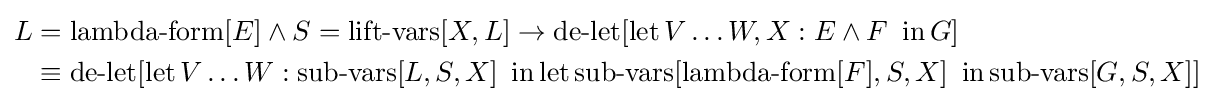
{\begin{aligned}L&=\operatorname {lambda-form} [E]\land S=\operatorname {lift-vars} [X,L]\to \operatorname {de-let} [\operatorname {let} V\ldots W,X:E\land F\ \operatorname {in} G]\\&\equiv \operatorname {de-let} [\operatorname {let} V\ldots W:\operatorname {sub-vars} [L,S,X]\ \operatorname {in} \operatorname {let} \operatorname {sub-vars} [\operatorname {lambda-form} [F],S,X]\ \operatorname {in} \operatorname {sub-vars} [G,S,X]]\end{aligned}}